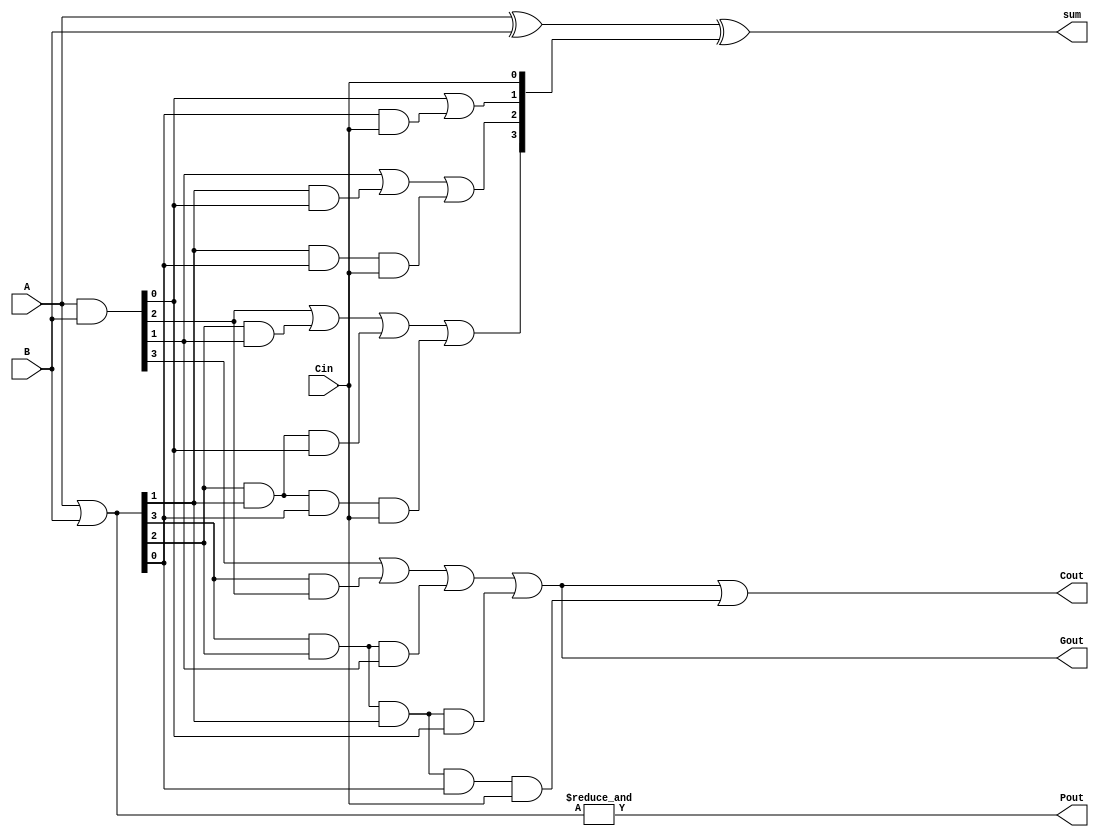
// Prayag Bhakar [bhakar@wisc.edu]
module cla4(A, B, Cin, sum, Cout, Pout, Gout);
  // --- Inputs ---
  input [3:0] A, B;
  input Cin;

  // --- Outputs ---
  output [3:0] sum;
  output Cout, Pout, Gout;

  // --- Wires ---
  wire [3:0] C, P, G;

  // --- Code ---
  // Prop
  assign P = A | B;
  assign Pout = &P;

  // Gen
  assign G = A & B;
  assign Gout = G[3] | (P[3] & G[2]) | (P[3] & P[2] & G[1]) | (P[3] & P[2] & P[1] & G[0]);

  // Carry
  assign C[0] = Cin;
  assign C[1] = G[0] | (P[0] & C[0]);
  assign C[2] = G[1] | (P[1] & G[0]) | (P[1] & P[0] & C[0]);
  assign C[3] = G[2] | (P[2] & G[1]) | (P[2] & P[1] & G[0]) | (P[2] & P[1] & P[0] & C[0]);
  assign Cout = G[3] | (P[3] & G[2]) | (P[3] & P[2] & G[1]) | (P[3] & P[2] & P[1] & G[0]) | (P[3] & P[2] & P[1] & P[0] & C[0]);

  // find sum
  assign sum = A ^ B ^ C;
endmodule